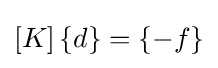
\left[K\right]\left\{d\right\}=\left\{-f\right\}